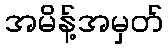
အမိန့်အမှတ်